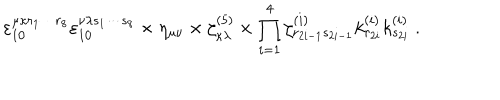
\varepsilon _ { 1 0 } ^ { \mu \kappa r _ { 1 } \cdots r _ { 8 } } \varepsilon _ { 1 0 } ^ { \nu \lambda s _ { 1 } \cdots s _ { 8 } } \times \eta _ { \mu \nu } \times \zeta _ { \kappa \lambda } ^ { ( 5 ) } \times \prod _ { i = 1 } ^ { 4 } \zeta _ { r _ { 2 i - 1 } s _ { 2 i - 1 } } ^ { ( i ) } k _ { r _ { 2 i } } ^ { ( i ) } k _ { s _ { 2 i } } ^ { ( i ) } \ .